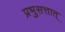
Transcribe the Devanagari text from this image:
प्रभुसत्तात्